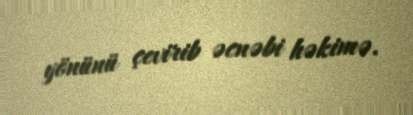
yönünü çevirib əcnəbi həkimə.